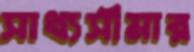
সাধ্যসীমার